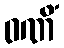
ဝဏိံ